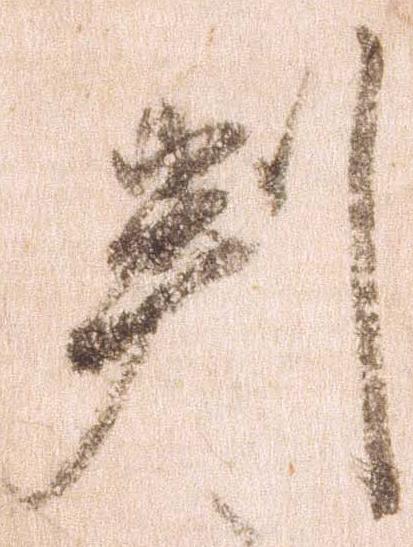
判